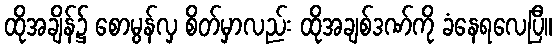
ထိုအချိန်၌ စောမွန်လှ စိတ်မှာလည်း ထိုအချစ်ဒဏ်ကို ခံနေရလေပြီ။